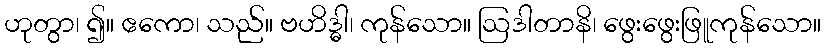
ဟုတွာ၊ ၍။ ဧကော၊ သည်။ ဗဟိဒ္ဓါ၊ ကုန်သော။ ဩဒါတာနိ၊ ဖွေးဖွေးဖြူကုန်သော။